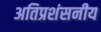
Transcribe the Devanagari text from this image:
अतिप्रशंसनीय